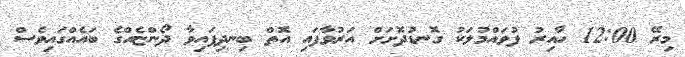
މިރޭ 12:00 ހާއިރު ފުވައްމުލަކު ގޮނޑުދޮށަށް އަރުވާފައި އޮތް ބިނދިފައިވާ ދޯންޏެއްގެ ބައެއްގައިވެސް